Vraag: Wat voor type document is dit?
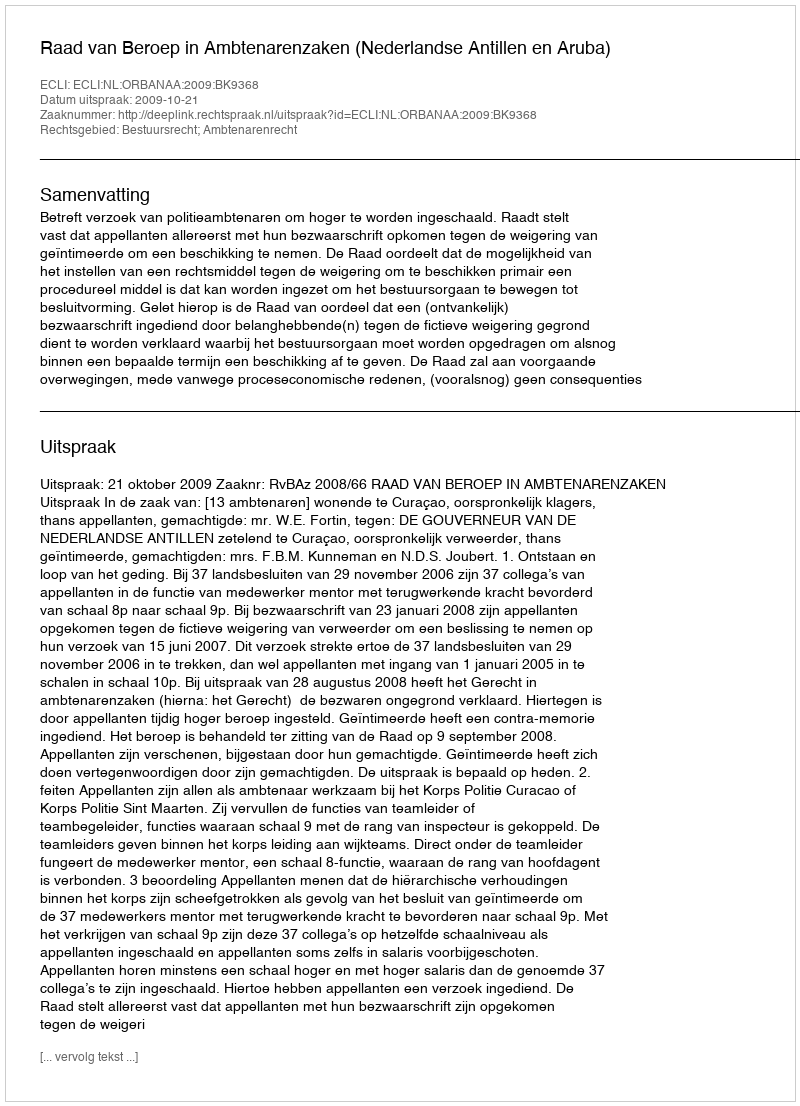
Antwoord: Uitspraak